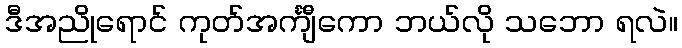
ဒီအညိုရောင် ကုတ်အင်္ကျီကော ဘယ်လို သဘော ရလဲ။